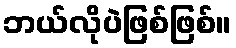
ဘယ်လိုပဲဖြစ်ဖြစ်။